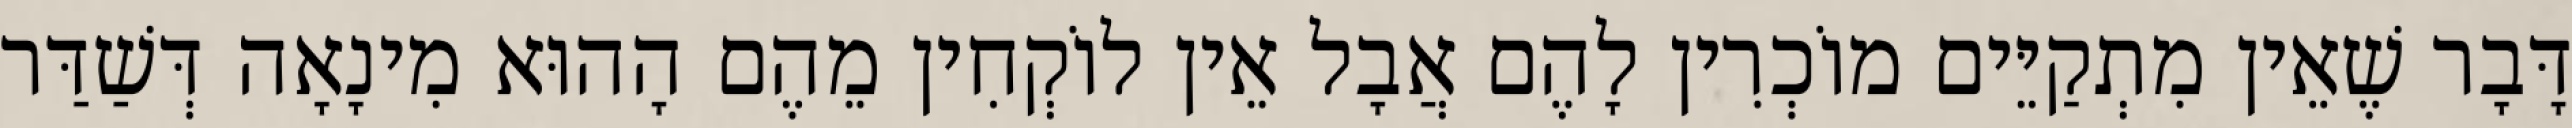
דָּבָר שֶׁאֵין מִתְקַיֵּים מוֹכְרִין לָהֶם אֲבָל אֵין לוֹקְחִין מֵהֶם הָהוּא מִינָאָה דְּשַׁדַּר